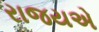
રાજયએ